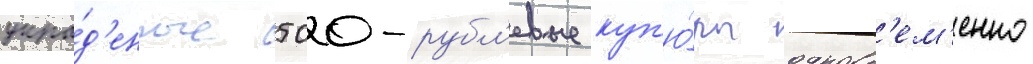
укра́д'енные 500-рубл'евые куп'ю́ры одновр'ем'енно